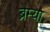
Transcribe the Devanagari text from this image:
ब्रेम्या